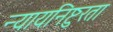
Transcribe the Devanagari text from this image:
न्यायनिष्टुरता